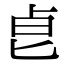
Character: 𠧢